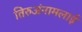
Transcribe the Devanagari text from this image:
तिरुअंनामलाई